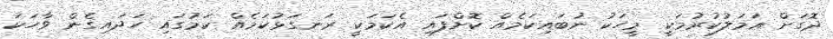
ދޮގަށް ޢަމަލުކުރުމަކީ މީހަކު ނުބައިކަމެއް ކޮށްފައި އެކަމަކީ ރަނގަޅުކަމެއް ކަމުގައި ހަދައިގެން ވާހަކަ